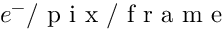
e ^ { - } / \mathrm { ~ p ~ i ~ x ~ } / \mathrm { ~ f ~ r ~ a ~ m ~ e ~ }